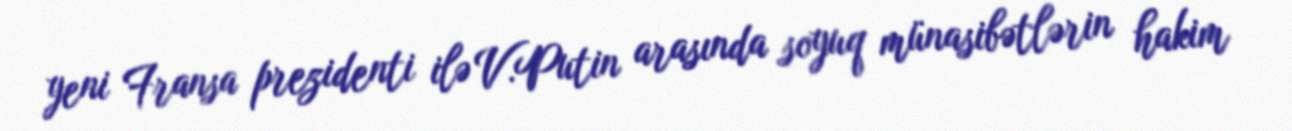
yeni Fransa prezidenti ilə V.Putin arasında soyuq münasibətlərin hakim